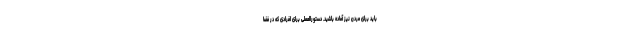
باید برای مردن نیز آماده باشید. دستورالعملی برای افرادی که در فضا